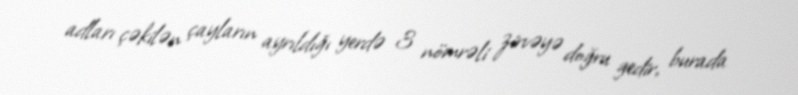
adları çəkilən çayların ayrıldığı yerdə 3 nömrəli zirvəyə doğru gedir, burada